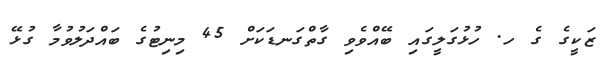
ޒަކީގެ ގެ ހ. ހުޅުގަލީގައި ބޭއްވެވި ގާތްގަނޑަކަށް 45 މިނިޓުގެ ބައްދަލުވުމާ ގުޅޭ